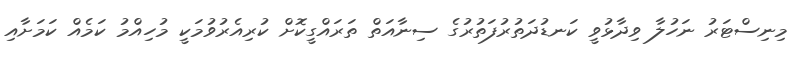
މިނިސްޓަރު ނަހުލާ ވިދާޅުވީ ކަނޑުދަތުރުފަތުރުގެ ސިނާއަތް ތަރައްގީކޮށް ކުރިއެރުވުމަކީ މުހިއްމު ކަމެއް ކަމަށާއި